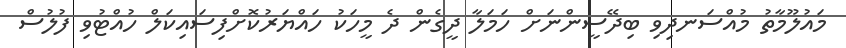
މައުލޫމާތު މުއްސަނދިވި ބިދޭސީންނަށް ހަމަލާ ދީގެން ދެ މީހަކު ހައްޔަރުކޮށްފިސައިކަލް ހުއްޓުވި ފުލުސް